Indian journal of veterinary science and animal husbandry - Volume 8,
Year: 1938
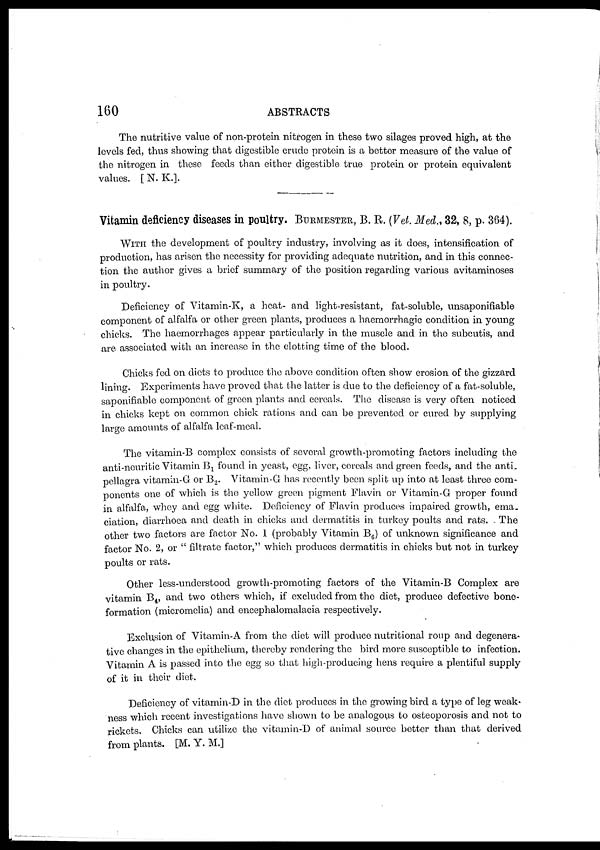
160
ABSTRACTS
The nutritive value of non-protein nitrogen in these two silages proved high, at the
levels fed, thus showing that digestible crude protein is a better measure of the value of
the nitrogen in these feeds than either digestible true protein or protein equivalent
values. [ N. K.].
Vitamin deficiency diseases in poultry. BURMESTER, B. R. (Vet. Med., 32, 8, p. 364).
WITH the development of poultry industry, involving as it does, intensification of
production, has arisen the necessity for providing adequate nutrition, and in this connec-
tion the author gives a brief summary of the position regarding various avitaminoses
in poultry.
Deficiency of Vitamin-K, a heat- and light-resistant, fat-soluble, unsaponifiable
component of alfalfa or other green plants, produces a haemorrhagic condition in young
chicks. The haemorrhages appear particularly in the muscle and in the subcutis, and
are associated with an increase in the clotting time of the blood.
Chicks fed on diets to produce the above condition often show erosion of the gizzard
lining. Experiments have proved that the latter is due to the deficiency of a fat-soluble,
saponifiable component of green plants and cereals. The disease is very often noticed
in chicks kept on common chick rations and can be prevented or cured by supplying
large amounts of alfalfa leaf-meal.
The vitamin-B complex consists of several growth-promoting factors including the
anti-neuritic Vitamin B 1 found in yeast, egg, liver, cereals and green feeds, and the anti¬
pellagra vitamin-G or B 2 . Vitamin-G has recently been split up into at least three com-
ponents one of which is the yellow green pigment Flavin or Vitamin-G proper found
in alfalfa, whey and egg white. Deficiency of Flavin produces impaired growth, ema¬
ciation, diarrhoea and death in chicks and dermatitis in turkey poults and rats. The
other two factors are factor No. 1 (probably Vitamin B 6 ) of unknown significance and
factor No. 2, or " filtrate factor," which produces dermatitis in chicks but not in turkey
poults or rats.
Other less-understood growth-promoting factors of the Vitamin-B Complex are
vitamin B 4 , and two others which, if excluded from the diet, produce defective bone-
formation (micromelia) and encephalomalacia respectively.
Exclusion of Vitamin-A from the diet will produce nutritional roup and degenera-
tive changes in the epithelium, thereby rendering the bird more susceptible to infection.
Vitamin A is passed into the egg so that high-producing hens require a plentiful supply
of it in their diet.
Deficiency of vitamin-D in the diet produces in the growing bird a type of leg weak-
ness which recent investigations have shown to be analogous to osteoporosis and not to
rickets. Chicks can utilize the vitamin-D of animal source better than that derived
from plants. [M. Y. M.]